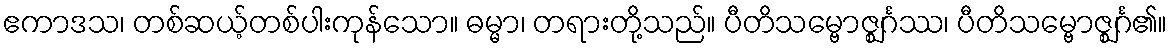
ဧကာဒသ၊ တစ်ဆယ့်တစ်ပါးကုန်သော။ ဓမ္မာ၊ တရားတို့သည်။ ပီတိသမ္ဗောဇ္ဈင်္ဂဿ၊ ပီတိသမ္ဗောဇ္ဈင်္ဂ၏။